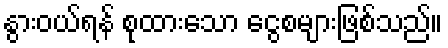
နွားဝယ်ရန် စုထားသော ငွေစများဖြစ်သည်။